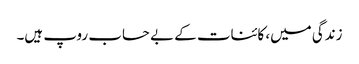
زندگی میں، کائنات کے بے حساب روپ ہیں۔